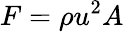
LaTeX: F=\rho u^{2}A